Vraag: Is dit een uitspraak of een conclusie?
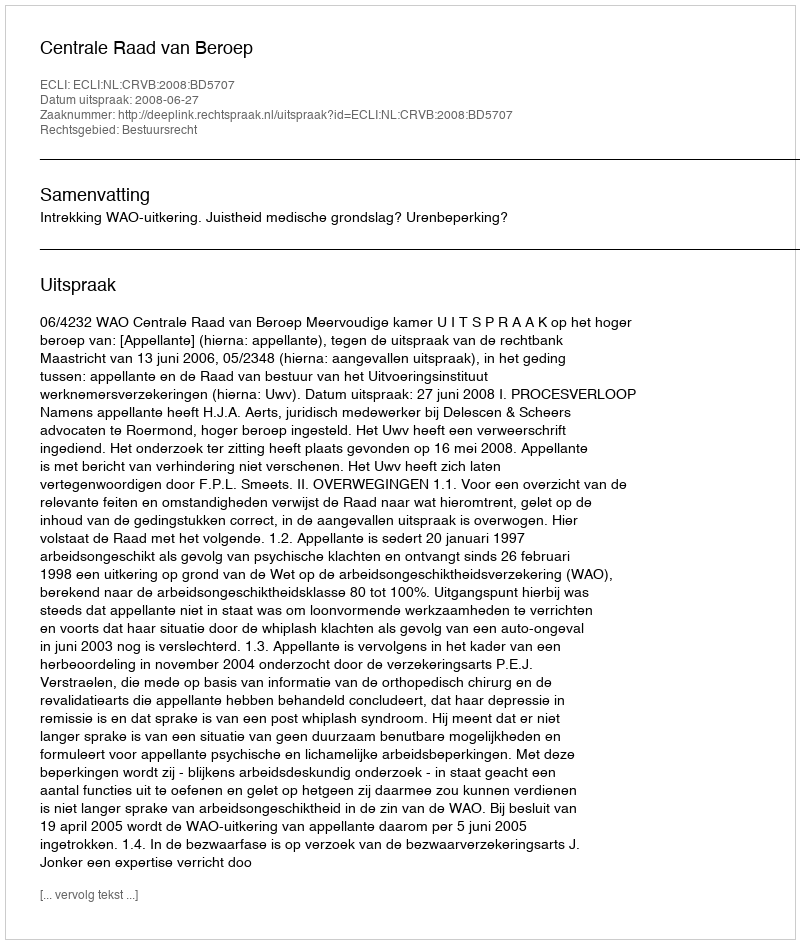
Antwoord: Uitspraak